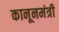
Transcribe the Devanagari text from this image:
कानूनमंत्री